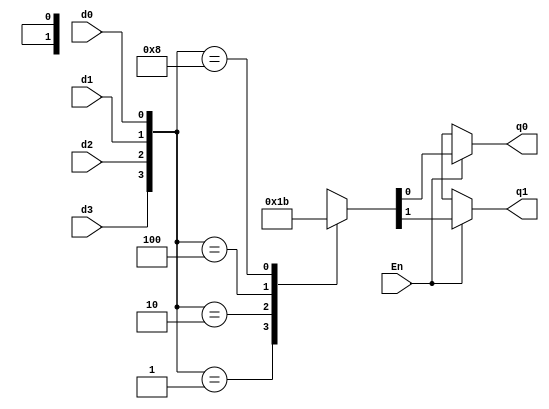
module binary_encoder42(En,d3,d2,d1,d0,q1,q0);
	input En,d3,d2,d1,d0;
	//Enable inputs and 4 d inputs
	output reg q1,q0;
	/*2 q outputs as register because it will be used inside always block
	  
	  always block with * sensitivity list because the design will work
	  if at least 1 input is on, in this case, the enable input should 
	  always be on
   */	
	always @ (*)begin
		{q1,q0} = 2'bxx;
		//initialize q as x, not zero because the 0 output is for case 1

		//En must be on
		if(En) begin
			casex({d3,d2,d1,d0}) //concatenate d inputs in case statements
				4'b0001: {q1,q0} = 2'b00;
				// if d = 0001 , q = 00
				4'b0010: {q1,q0} = 2'b01;
				// if d = 0010 , q = 01
				4'b0100: {q1,q0} = 2'b10;
				// if d = 0100 , q = 10
				4'b1000: {q1,q0} = 2'b11;
				// if d = 1000 , q = 11
				default: {q1,q0} = 2'bxx;
				//else, q = xx
			endcase
		end
	end
endmodule